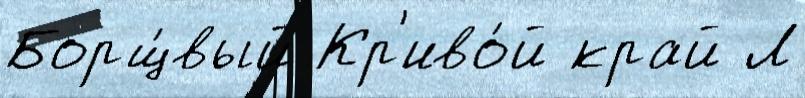
Борщ́вый Кр'иво́й край Л